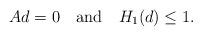
LaTeX: \begin{align*} Ad = 0\ \ \ {\rm and}\ \ \ H_1(d)\le 1.\end{align*}